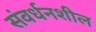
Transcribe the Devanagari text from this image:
संवर्धनशील